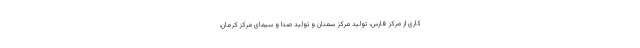
کاری از مرکز فارس، تولید مرکز سمنان و تولید صدا و سیمای مرکز کرمان،